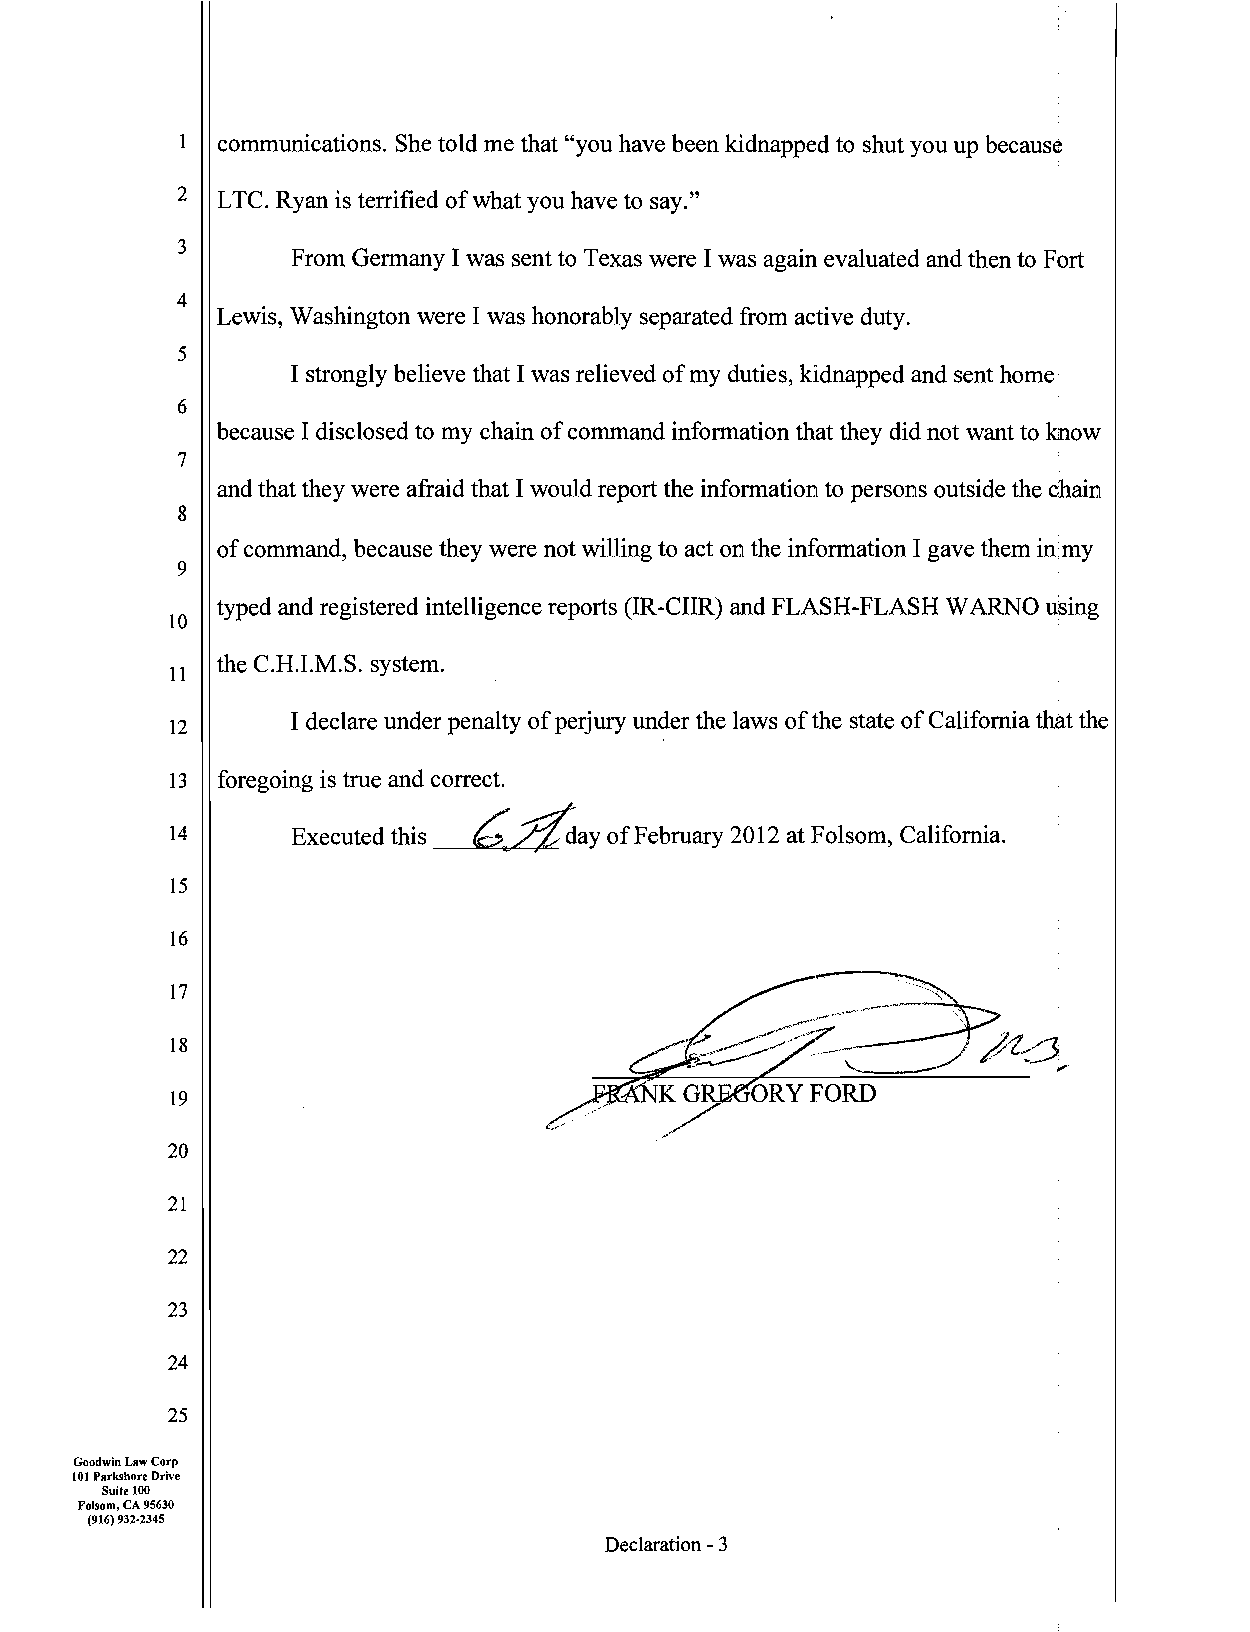
communications. She told me that "you have been kidnapped to shut you up because
 2 LTC. Ryan is terrified of what you have to say."
 3
 From Germany I was sent to Texas were I was again evaluated and then to Fort
 4
 Lewis, Washington were I was honorably separated from active duty.
 5
 I strongly believe that I was relieved of my duties, kidnapped and sent home
 6
 because I disclosed to my chain of command information that they did not want to know
 7
 and that they were afraid that I would report the information to persons outside the chain
 8
 of command, because they were not willing to act on the information I gave them inimy
 9
 typed and registered intelligence reports OR-CUR) and FLASH-FLASH WARNO using
 10
 the C.H.I.M.S. system.
 11
 I declare under penalty of perjury under the laws of the state of California that the
 12
 13 foregoing is true and correct.
 ~ffiay
 14      Executed this        of February 2012 at Folsom, California.
 15
 16
 17
 18
 19
 20
 21
 22
 23
 24
 25
 Goodwin Law Corp
 101 Parkshore Drive
 Suite 100
 Folsom, CA 95630
 (916) 932-2345
 Declaration -3